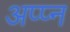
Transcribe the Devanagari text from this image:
अप्प्न